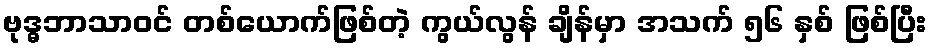
ဗုဒ္ဓဘာသာဝင် တစ်ယောက်ဖြစ်တဲ့ ကွယ်လွန် ချိန်မှာ အသက် ၅၆ နှစ် ဖြစ်ပြီး